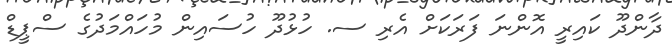
ދާންދޫ ކައިރީ އޮންނަ ފަރަކަށް އެރި ސ. ހުޅުދޫ ހުސައިން މުހައްމަދުގެ ސްޕީޑް